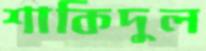
শাকিদুল